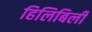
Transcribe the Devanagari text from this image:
हिलिबिली